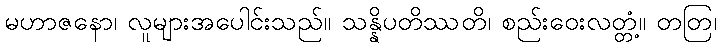
မဟာဇနော၊ လူများအပေါင်းသည်။ သန္နိပတိဿတိ၊ စည်းဝေးလတ္တံ့။ တတြ၊